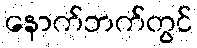
နောက်ဘက်တွင်